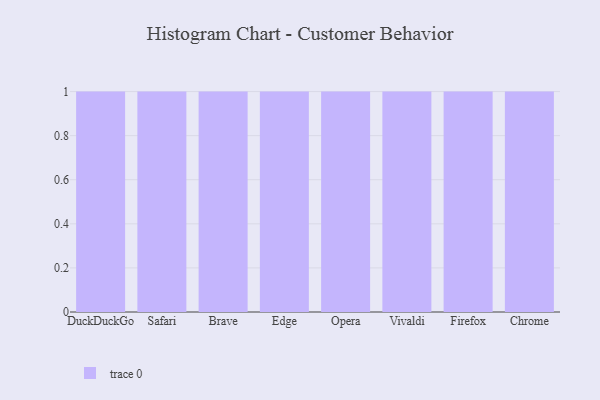
{"axis": {"x": "Browser", "y": "Headcount"}, "legend": [""], "data": [{"x": "DuckDuckGo", "y": 26, "type": ""}, {"x": "Safari", "y": 85, "type": ""}, {"x": "Brave", "y": 81, "type": ""}, {"x": "Edge", "y": 35, "type": ""}, {"x": "Opera", "y": 72, "type": ""}, {"x": "Vivaldi", "y": 30, "type": ""}, {"x": "Firefox", "y": 54, "type": ""}, {"x": "Chrome", "y": 1, "type": ""}]}